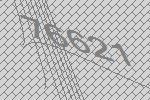
76621